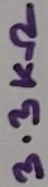
Text: 3.3KΩ